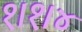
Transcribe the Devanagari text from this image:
१।१।४